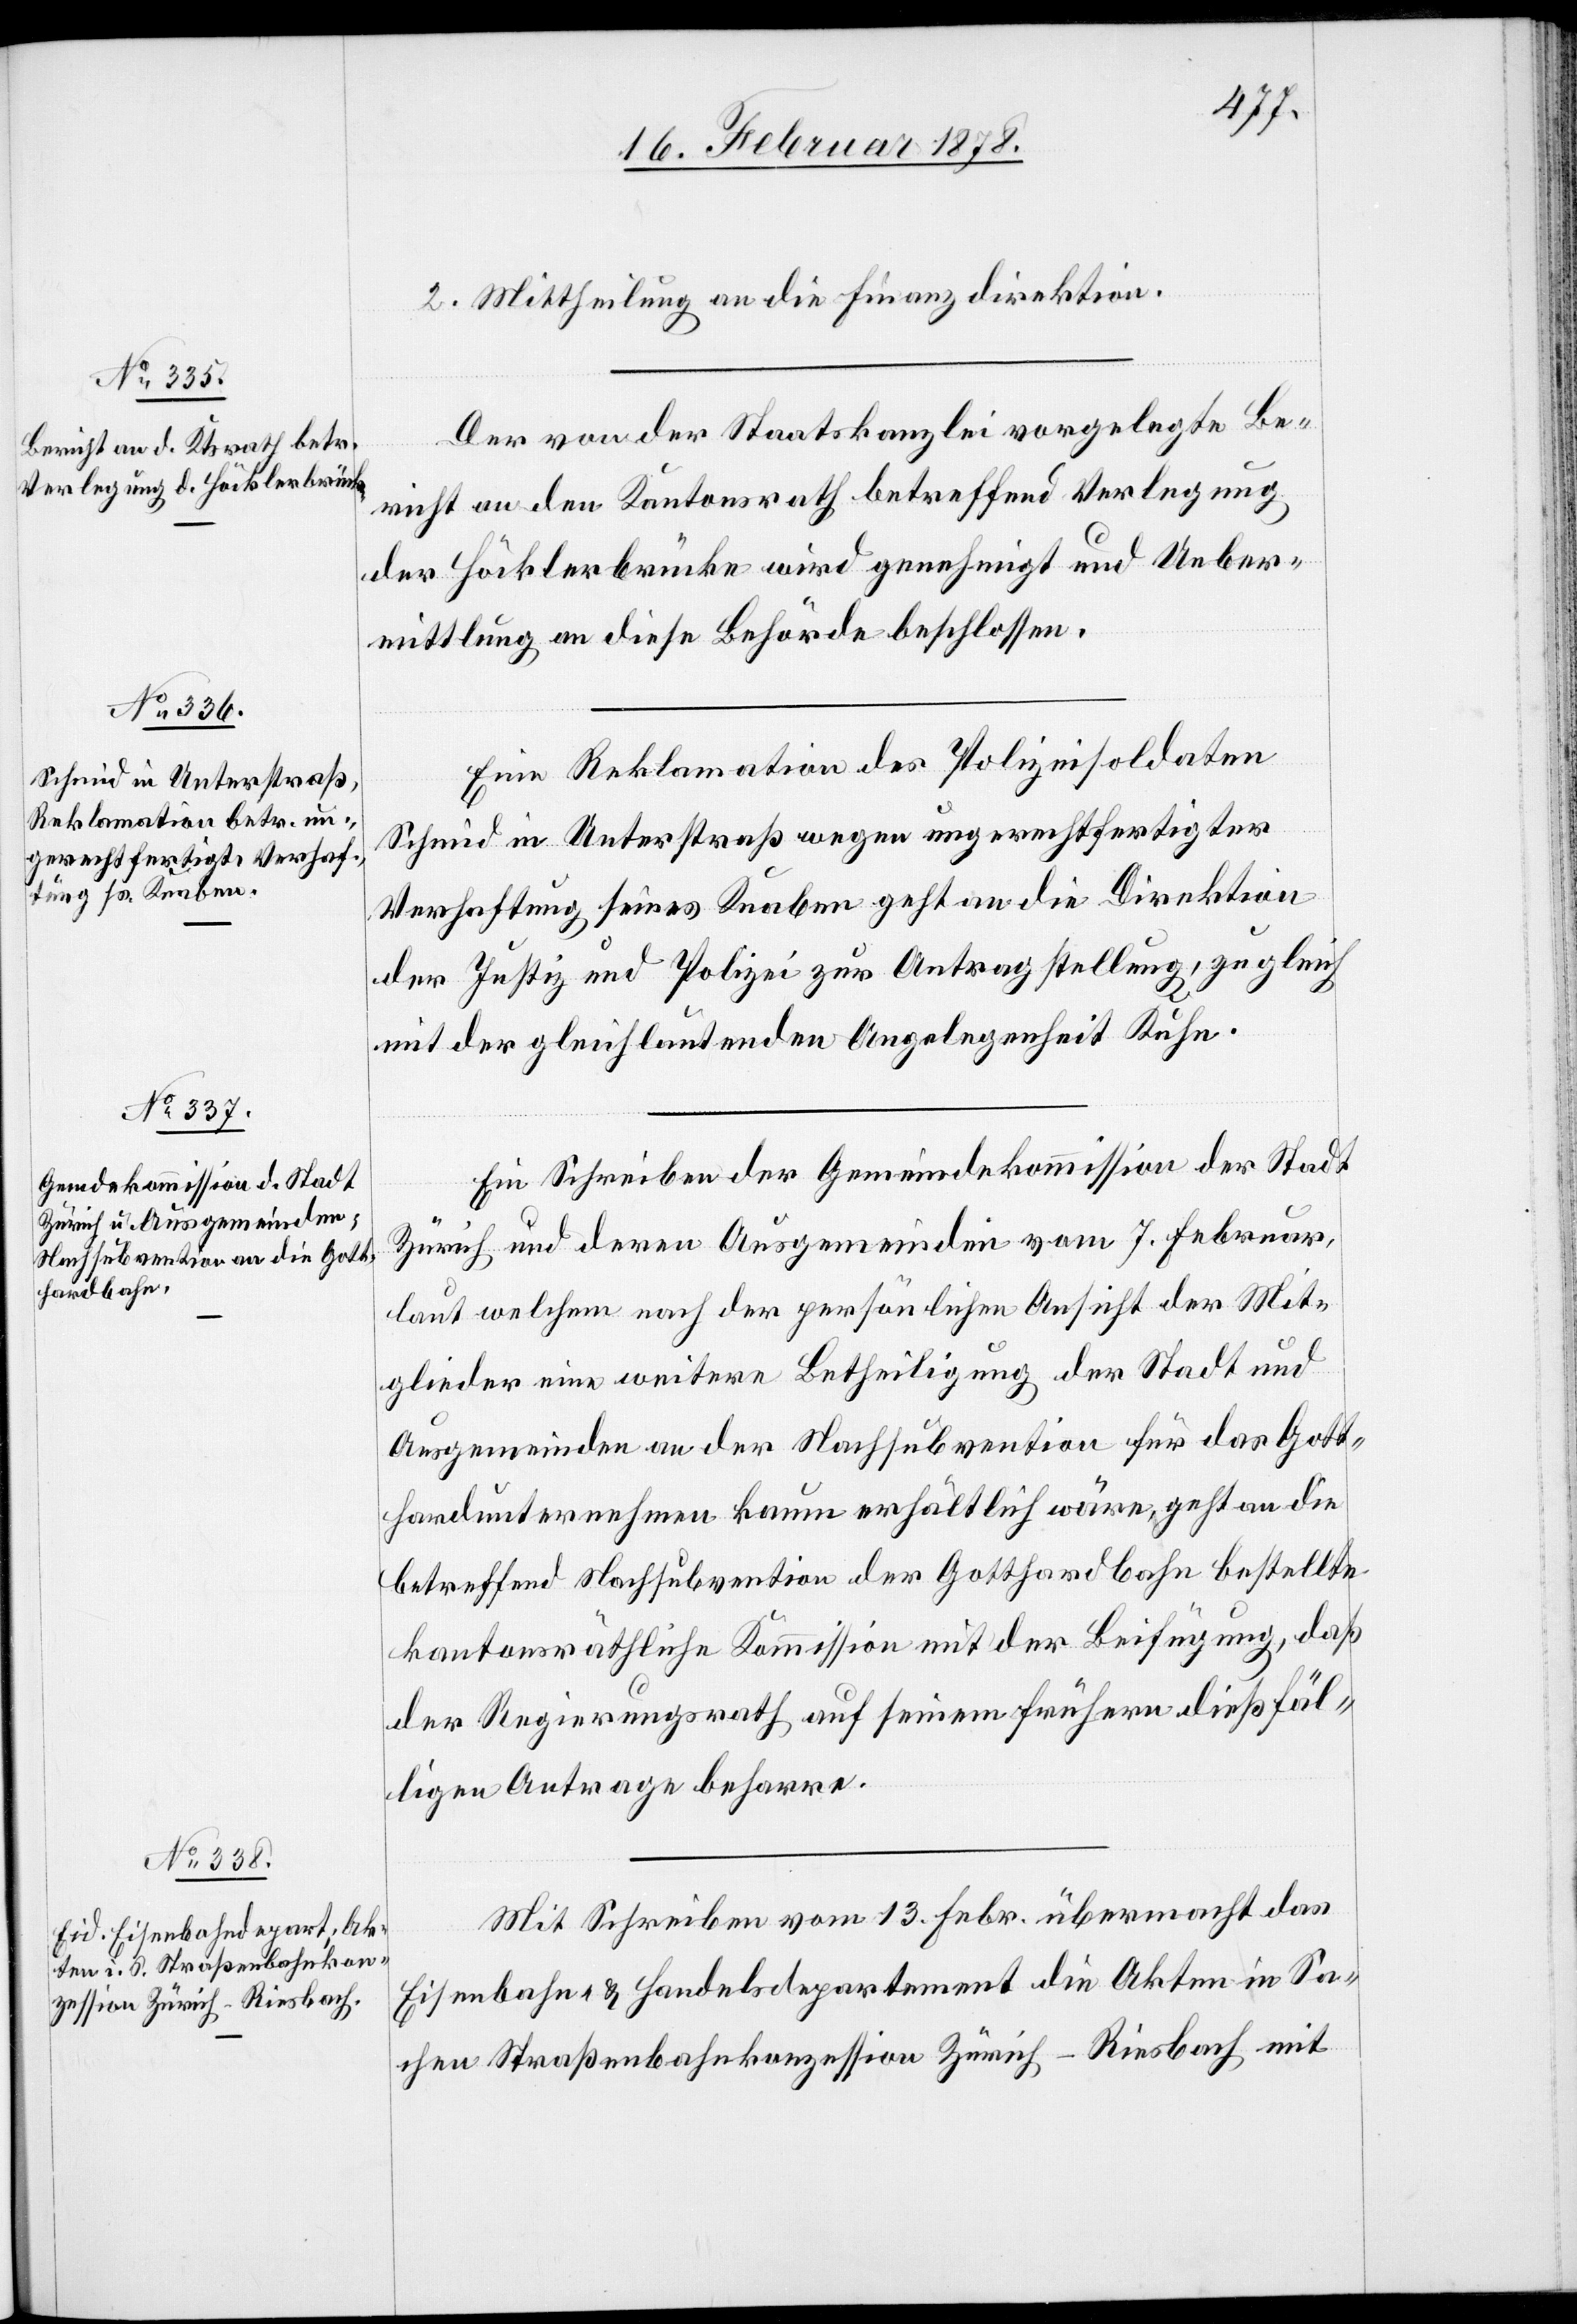
2. Mittheilung an die Finanzdirektion.
Der von der Staatskanzlei vorgelegte Be¬
richt an den Kantonsrath betreffend Verlegung
der Höcklerbrücke wird genehmigt und Ueber¬
mittlung an diese Behörde beschlossen.
Eine Reklamation des Polizeisoldaten
Schmid in Unterstraß wegen ungerechtfertigter
Verhaftung seines Knaben geht an die Direktion
der Justiz und Polizei zur Antragstellung, zugleich
mit der gleichlautenden Angelegenheit Kuhn.
Ein Schreiben der Gemeindekommission der Stadt
Zürich und deren Ausgemeinden vom 7. Februar,
laut welchem nach der persönlichen Ansicht der Mit¬
glieder eine weitere Betheiligung der Stadt und
Ausgemeinden an der Nachsubvention für das Gott¬
hardunternehmen kaum erhältlich wäre, geht an die
betreffend Nachsubvention der Gotthardbahn bestellte
kantonsräthliche Kommission mit der Beifügung, daß
der Regierungsrath auf seinem frühern dießfäl¬
ligen Antrage beharre.
Mit Schreiben vom 13. Febr. übermacht das
Eisenbahn- & Handelsdepartement die Akten in Sa¬
chen Straßenbahnkonzession Zürich–Riesbach mit